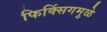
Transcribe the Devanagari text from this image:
फिक्सिंगमुळे